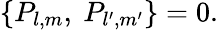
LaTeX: \{ P_{l,m},\ P_{l^{\prime},m^{\prime}}\} =0.